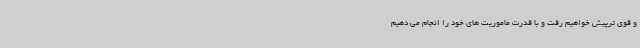
و قوی ترپیش خواهیم رفت و با قدرت ماموریت های خود را انجام می دهیم